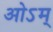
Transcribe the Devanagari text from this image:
ओऽम्‌